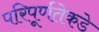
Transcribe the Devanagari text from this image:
परिपूर्णतेकडे